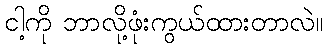
ငါ့ကို ဘာလို့ဖုံးကွယ်ထားတာလဲ။